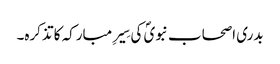
بدری اصحاب نبویؐ کی سِیرِ مبارکہ کا تذکرہ۔